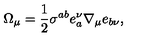
\Omega _ { \mu } = \frac { 1 } { 2 } \sigma ^ { a b } e _ { a } ^ { \nu } \nabla _ { \mu } e _ { b \nu } ,